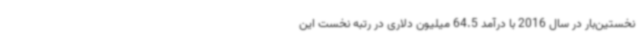
نخستین‌بار در سال 2016 با درآمد 64.5 میلیون دلاری در رتبه نخست این